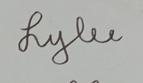
Signature authenticity: genuine